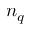
n _ { q }